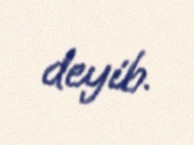
deyib.